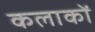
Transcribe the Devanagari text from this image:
कलाकों